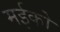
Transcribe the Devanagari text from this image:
मईको